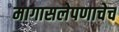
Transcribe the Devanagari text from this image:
मागासलेपणाचेच